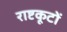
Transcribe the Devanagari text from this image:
राष्टकूटों